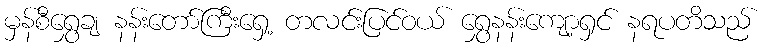
မှန်စီရွှေချ နန်းတော်ကြီးရှေ့ တလင်းပြင်ဝယ် ရွှေနန်းကျော့ရှင် နရပတိသည်